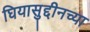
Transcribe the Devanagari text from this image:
घियासुद्दीनच्या